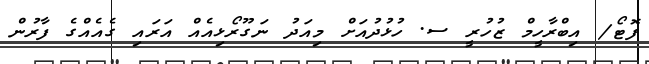
ފޮޓޯ/ އިބްރާހީމް ޒުހުރީ ސ. ހުޅުދުއަށް މިއަދު ނަގޫރޯޅިއެއް އަރައި ގެއެއްގެ ފާރުން